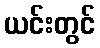
ယင်းတွင်